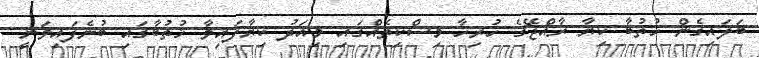
ބަލައިގެން ޚުތުބާ ކިޔާ ރާއްޖޭގެ ހުރިހާ މިސްކިތެއްގައި މިއަދު ކިޔާފައިވާ ޚުތުބާގައި ބުނެފައިވަނީ